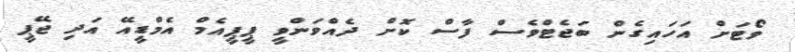
ވޯޓަށް އަހައިގެން ބަޖެޓްވެސް ފާސް ކޮށް ދެއްވަންވީ ޕީޕީއެމް އެމްޑީއޭ އަދި ޖޭޕީ